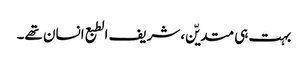
بہت ہی متدیّن، شریف الطبع انسان تھے۔